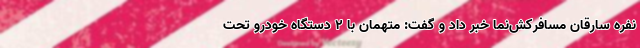
نفره سارقان مسافرکش‌نما خبر داد و گفت: متهمان با ۲ دستگاه خودرو تحت